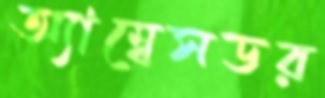
অ্যাম্বেসডর